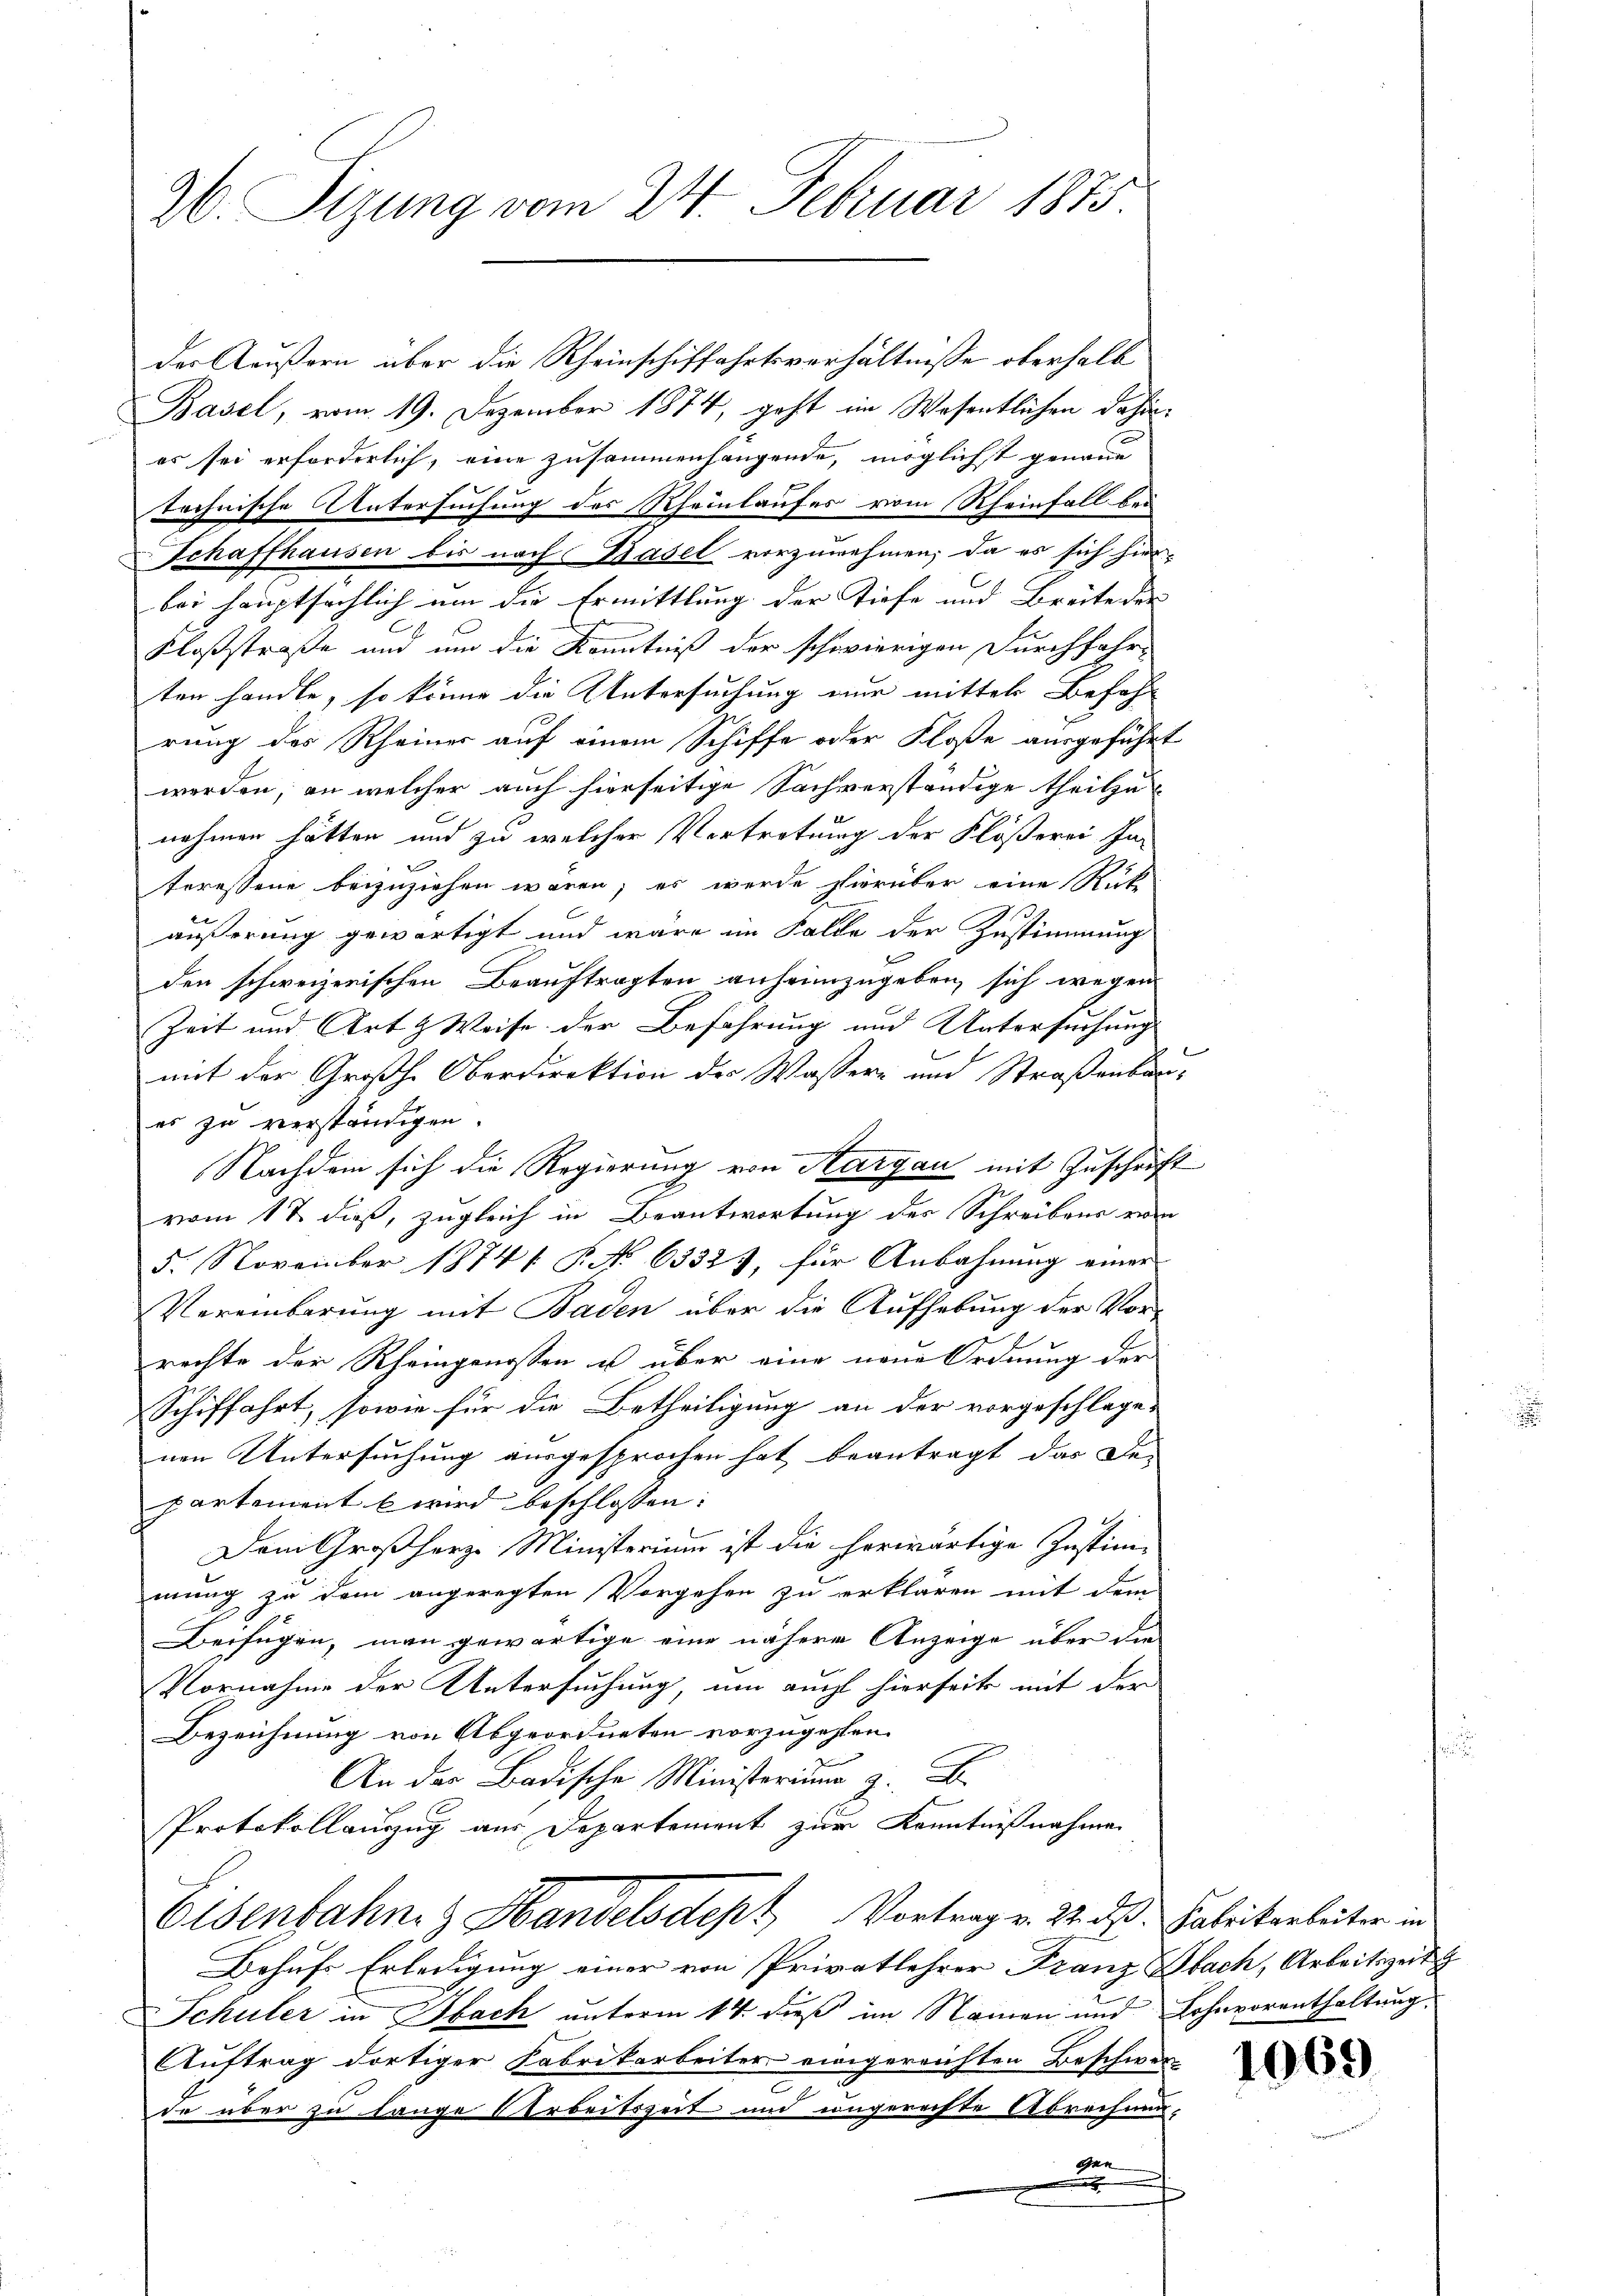
der Käußern über die Rheinschiffahrtsverhältnisse oberhalb
Basel, vom 19. Dezember 1874, geht im Wesentlichen dahin
es sei erforderlich, eine zusammenhangende, möglichst genaue
technische Untersuchung des Rheinlaufes vom Rheinfall bei
Schaffhausen bis nach Basel vorzunehmen, da es sich hier-
bei hauptsächlich um die Ermittlung der Tiefe und Breite der
Kloßstraße und um die Kenntniß der schwierigen Durchfahr-
ten handle, so könne die Untersuchung nur mittel Befahr
rung des Rheiner auf einem Schiffe oder Floße ausgeführt
werden, an welcher auch hierseitige Sachverständige theilu
nehmen hätten und zu welcher Vertretung der Flößerei ha-
2
teressene beizuziehen wären; es werde hierüber eine Rük
äußerung gewärtigt und wäre im Falle der Zustimmung
den schweizerischen Beauftragten anheimzugeben, sich wegen
Zeit und Art & Weise der Befahrung und Untersuchung
mit der Großh. Oberdirektion des Wassere und Straßenbaues zu verständigen.
Nachdem sich die Regierung von Aargau mit Zuschrift
vom 17 dieß, zugleich in Beantwortung des Schreibens von
5. November 1874. P. No 6332), für Anbahnung einer
Vereinbarung mit Baden über die Aufhebung der Vor-
E
rechte der Rheingenossen u über eine neue Ordnung der
Schiffahrt, sowie für die Betheiligung an der vorgeschlage-
nen Untersuchung ausgesprochen hat beantragt, das De-
partement b wird beschlossen:
Dem Großherze Ministerium ist die herwärtige Justim-
mung zu dem angeregten Vorgehen zu erklären mit dem
Beifügen, man gewärtige eine nähere Anzeige über die
Vornahme der Untersuchung, um auch hierseits mit der
Bezeichnung von Abgeordneten vorzugehen.
An der Badische Minister
Protokollauszug aus Departement zur Kenntnißnahmen
Elsenbahn & Handelsdept Vortrag v. 22. ds. Fabrikarbeiter in
Behufs Erledigung einer von Privatlehrer Franz Sbach, Arbeitszeit
Schüler in Sach unterm 14. dieß im Namen und Lohnvorenthaltung
Auftrag dortiger Fabrikarbeiter einigereichten Beschwer-
2
de über zu lange Arbeitszeit und ungerechte Abrechnun-
gen

26. Sizung vom 24. Februar 1873.

1069